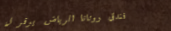
فندق روتانا الرياض يوفر ل